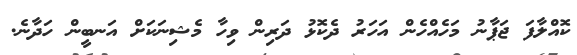
ކޮއްލާފަ ޖަޕާނު މަހެއްހެން އަހަރު ދެކޮޅު ދަރިން ވިހާ މެޝިނަކަށް އަނބީން ހަދާނެ.